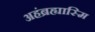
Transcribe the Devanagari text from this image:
अहंब्रह्यास्मि